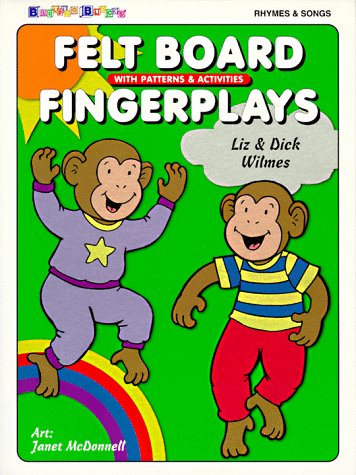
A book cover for Felt Board Fingerplays with Patterns & Activities:  Rhymes & Songs; Liz Wilmes; Crafts, Hobbies & Home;